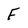
Character: F